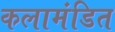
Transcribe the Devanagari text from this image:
कलामंडित